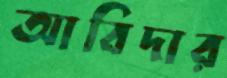
আবিদার